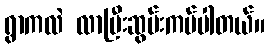
ရွာကလဲ လာပြီးဆွမ်းကပ်ပါတယ်။